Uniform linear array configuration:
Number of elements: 32
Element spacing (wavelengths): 0.25
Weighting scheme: cosine
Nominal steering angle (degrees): -60
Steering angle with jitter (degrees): -58.369
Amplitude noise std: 0.05
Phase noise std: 0.05

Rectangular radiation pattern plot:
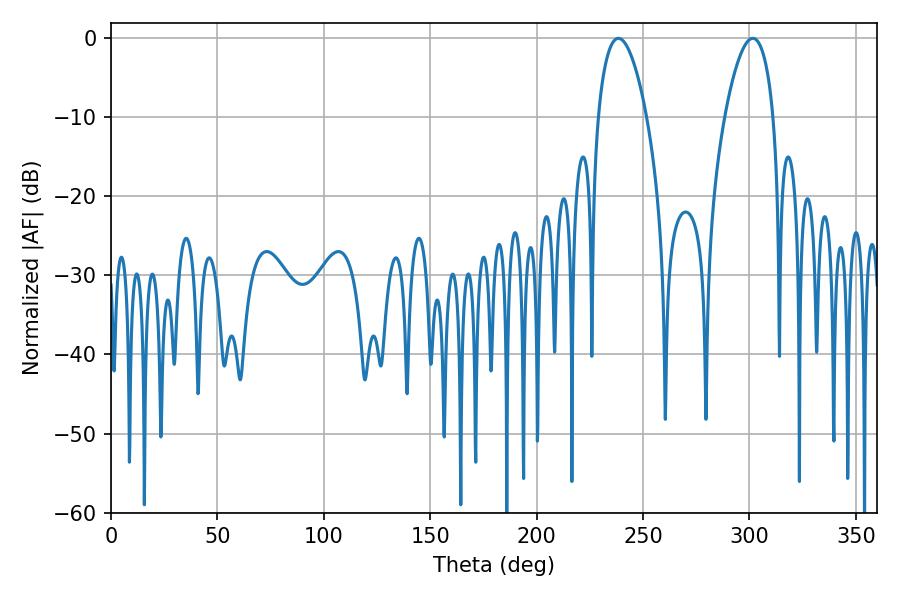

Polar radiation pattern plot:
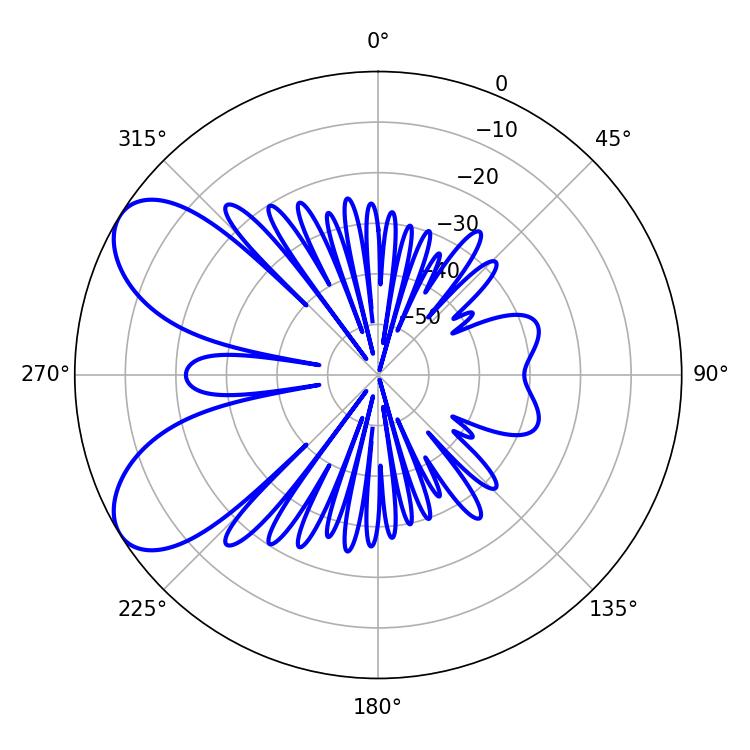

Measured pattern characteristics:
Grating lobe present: FALSE
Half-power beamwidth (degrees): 12.78
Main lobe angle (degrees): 301.5